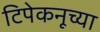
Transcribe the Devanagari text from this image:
टिपेकनूच्या